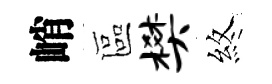
峭區樊煞